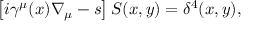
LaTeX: \left[ i \gamma ^ { \mu } ( x ) \nabla _ { \mu } - s \right] S ( x , y ) = \delta ^ { 4 } ( x , y ) ,